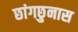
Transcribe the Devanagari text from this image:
छांगछुनास